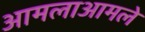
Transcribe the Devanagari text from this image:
आमलाआमले